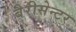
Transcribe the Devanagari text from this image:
बैरीसेन्टर